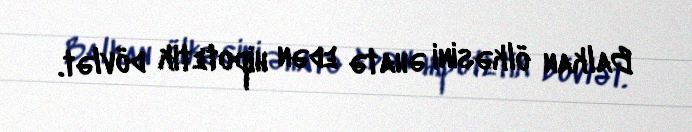
Balkan ölkəsini əhatə edən hipotetik dövlət.